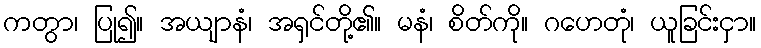
ကတွာ၊ ပြု၍။ အယျာနံ၊ အရှင်တို့၏။ မနံ၊ စိတ်ကို။ ဂဟေတုံ၊ ယူခြင်းငှာ။